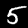
Label: 5